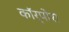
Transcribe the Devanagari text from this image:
कॉर्पोरा